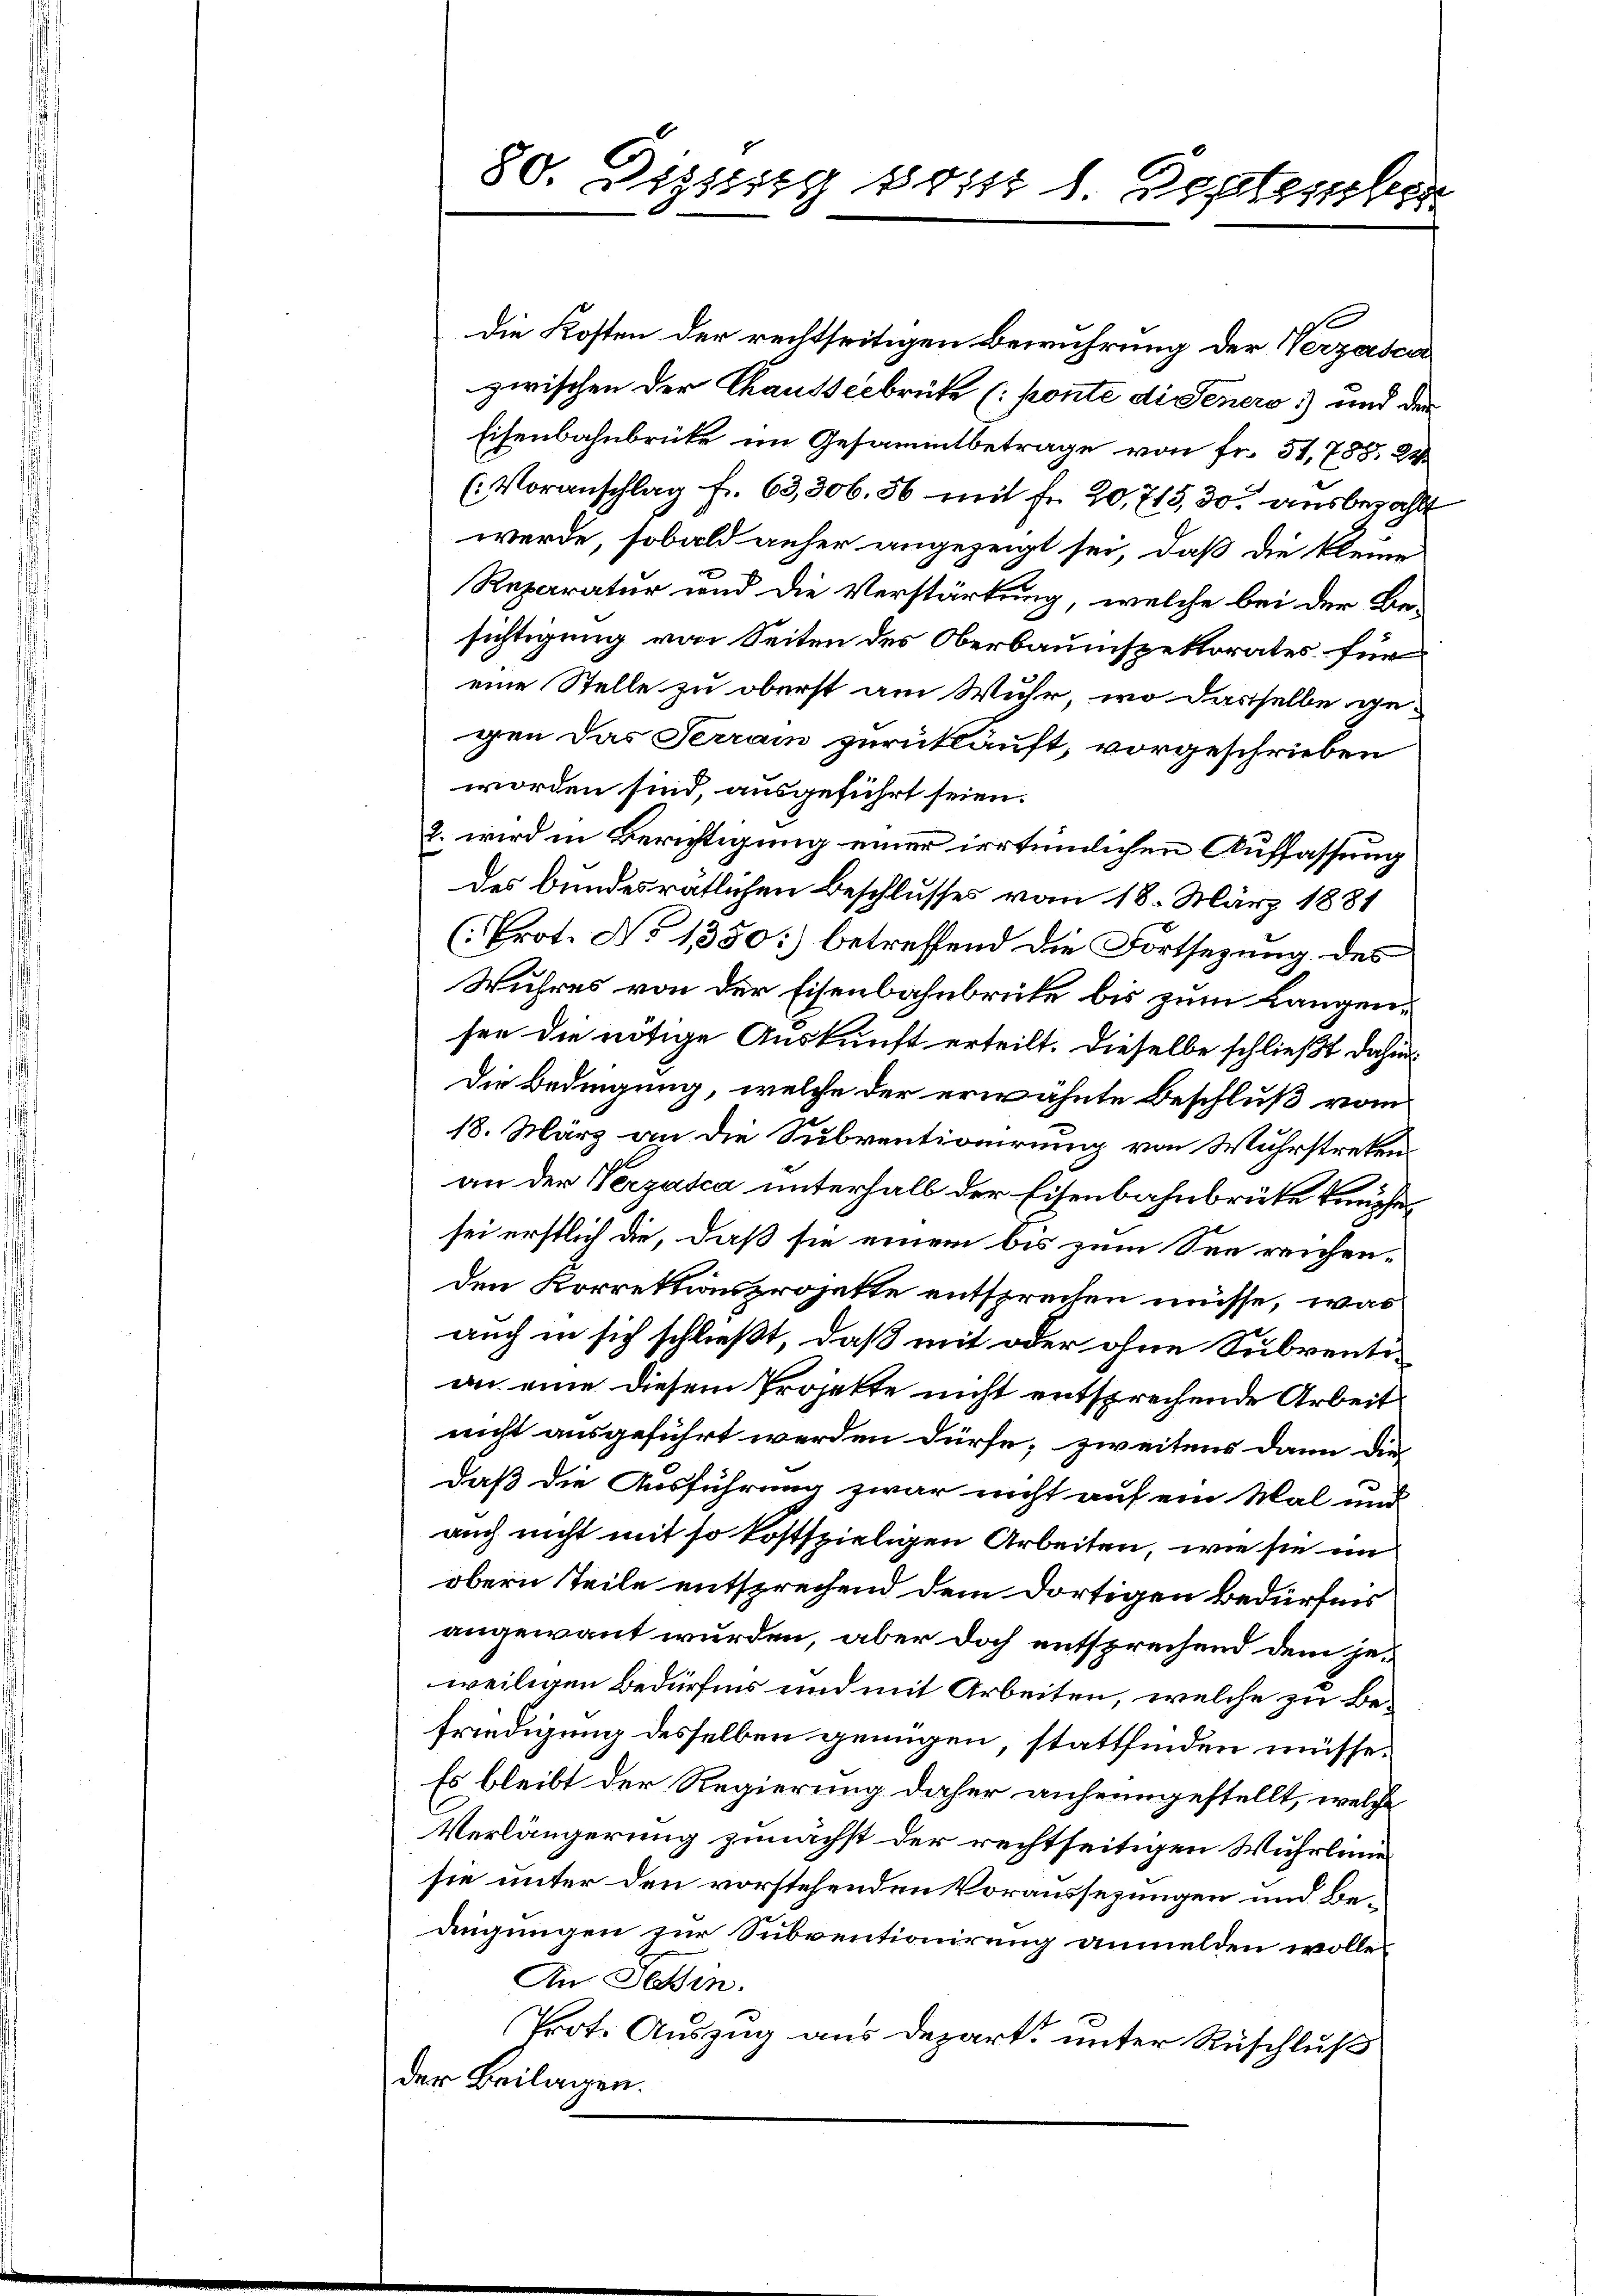
Die Kosten der rechtseitigen Bewuhrung der Verzasca
zwischen der Chausserbrüte (ponte di Seners) und der
Eisenbahnbrücke im Gesammtbetrage von Fr. 51,788. 24
(Voranschlag fr. 63,306. 56 mit Fr. 20,715, 30. ausbezahlt
werde, sobald anher angezeigt sei, daß die klein
Reparatur und die Verstärkung, welche bei der Be-
sichtigung von Seiten des Oberbaumspektorates für
eine Stelle zu oberst am Wuhr, wo dasselbe gegen das Terrain zurückläuft, vorgeschrieben
worden sind, ausgeführt seien.
2. wird in Berichtigung einer irrtümlichen Auffassung
des bundesratlichen Beschlusses vom 18. März 1881
(Prot. No 1350:) betreffend die Fortsezung des
Wuhres von der Eisenbahnbrüke bis zum Langensen die nötige Auskunft erteilt. Dieselbe schließt dahin
Die Bedingung, welche der erwähnte Beschluß vom
18. März an die Subventionirung von Wuhrstrekenan der Verzasca unterhalb der Eisenbahnbrüke knüpfesei erstlich die, daß sie einem bis zum See reichenden Korrektionsprojekte entsprechen müsse, was
auch in sich schließt, daß mit oder ohne Subventian eine diesem Projekte nicht entsprechende Arbeit
nicht ausgeführt werden dürfe; zweitens dann die-
daß die Ausführung zwar nicht auf ein Mal und
auch nicht mit so kostspieligen Arbeiten, wie sie im
obern Teile entsprechend dem dortigen Bedürfnis
angewant wurden, aber doch entsprechend dem jeweiligen Bedürfnis und mit Arbeiten, welche zu Befriedigung desselben genügen, stattfinden müsse.
Es bleibt der Regierung daher anheimgestellt, welche
Verlängerung zunächst der rechtseitigen Wuhrlinie
sie unter den vorstehenden Voraussezungen und Bedingungen zur Subventionirung anmelden wolle.
An Tessin.
Prot. Auszug aus Depart. unter Ruschluß
der Beilagen.

80. Dissisig sonst l. September

m